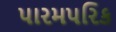
પારમપરિક